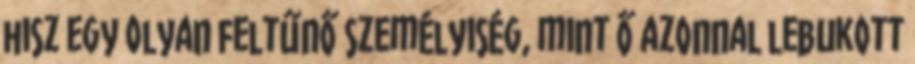
hisz egy olyan feltűnő személyiség, mint ő azonnal lebukott